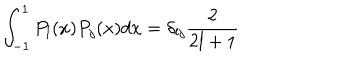
\int _ { - 1 } ^ { 1 } P _ { l } ( x ) P _ { j } ( x ) d x = \delta _ { l j } \frac { 2 } { 2 l + 1 }